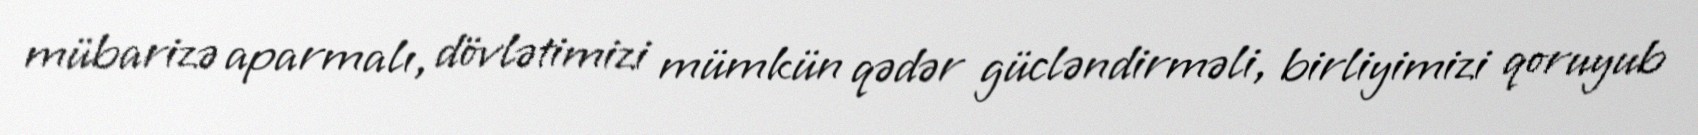
mübarizə aparmalı, dövlətimizi mümkün qədər gücləndirməli, birliyimizi qoruyub